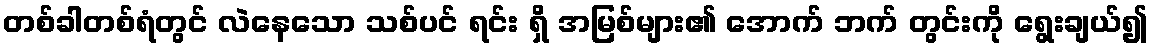
တစ်ခါတစ်ရံတွင် လဲနေသော သစ်ပင် ရင်း ရှိ အမြစ်များ၏ အောက် ဘက် တွင်းကို ရွေးချယ်၍